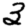
Digit: 3